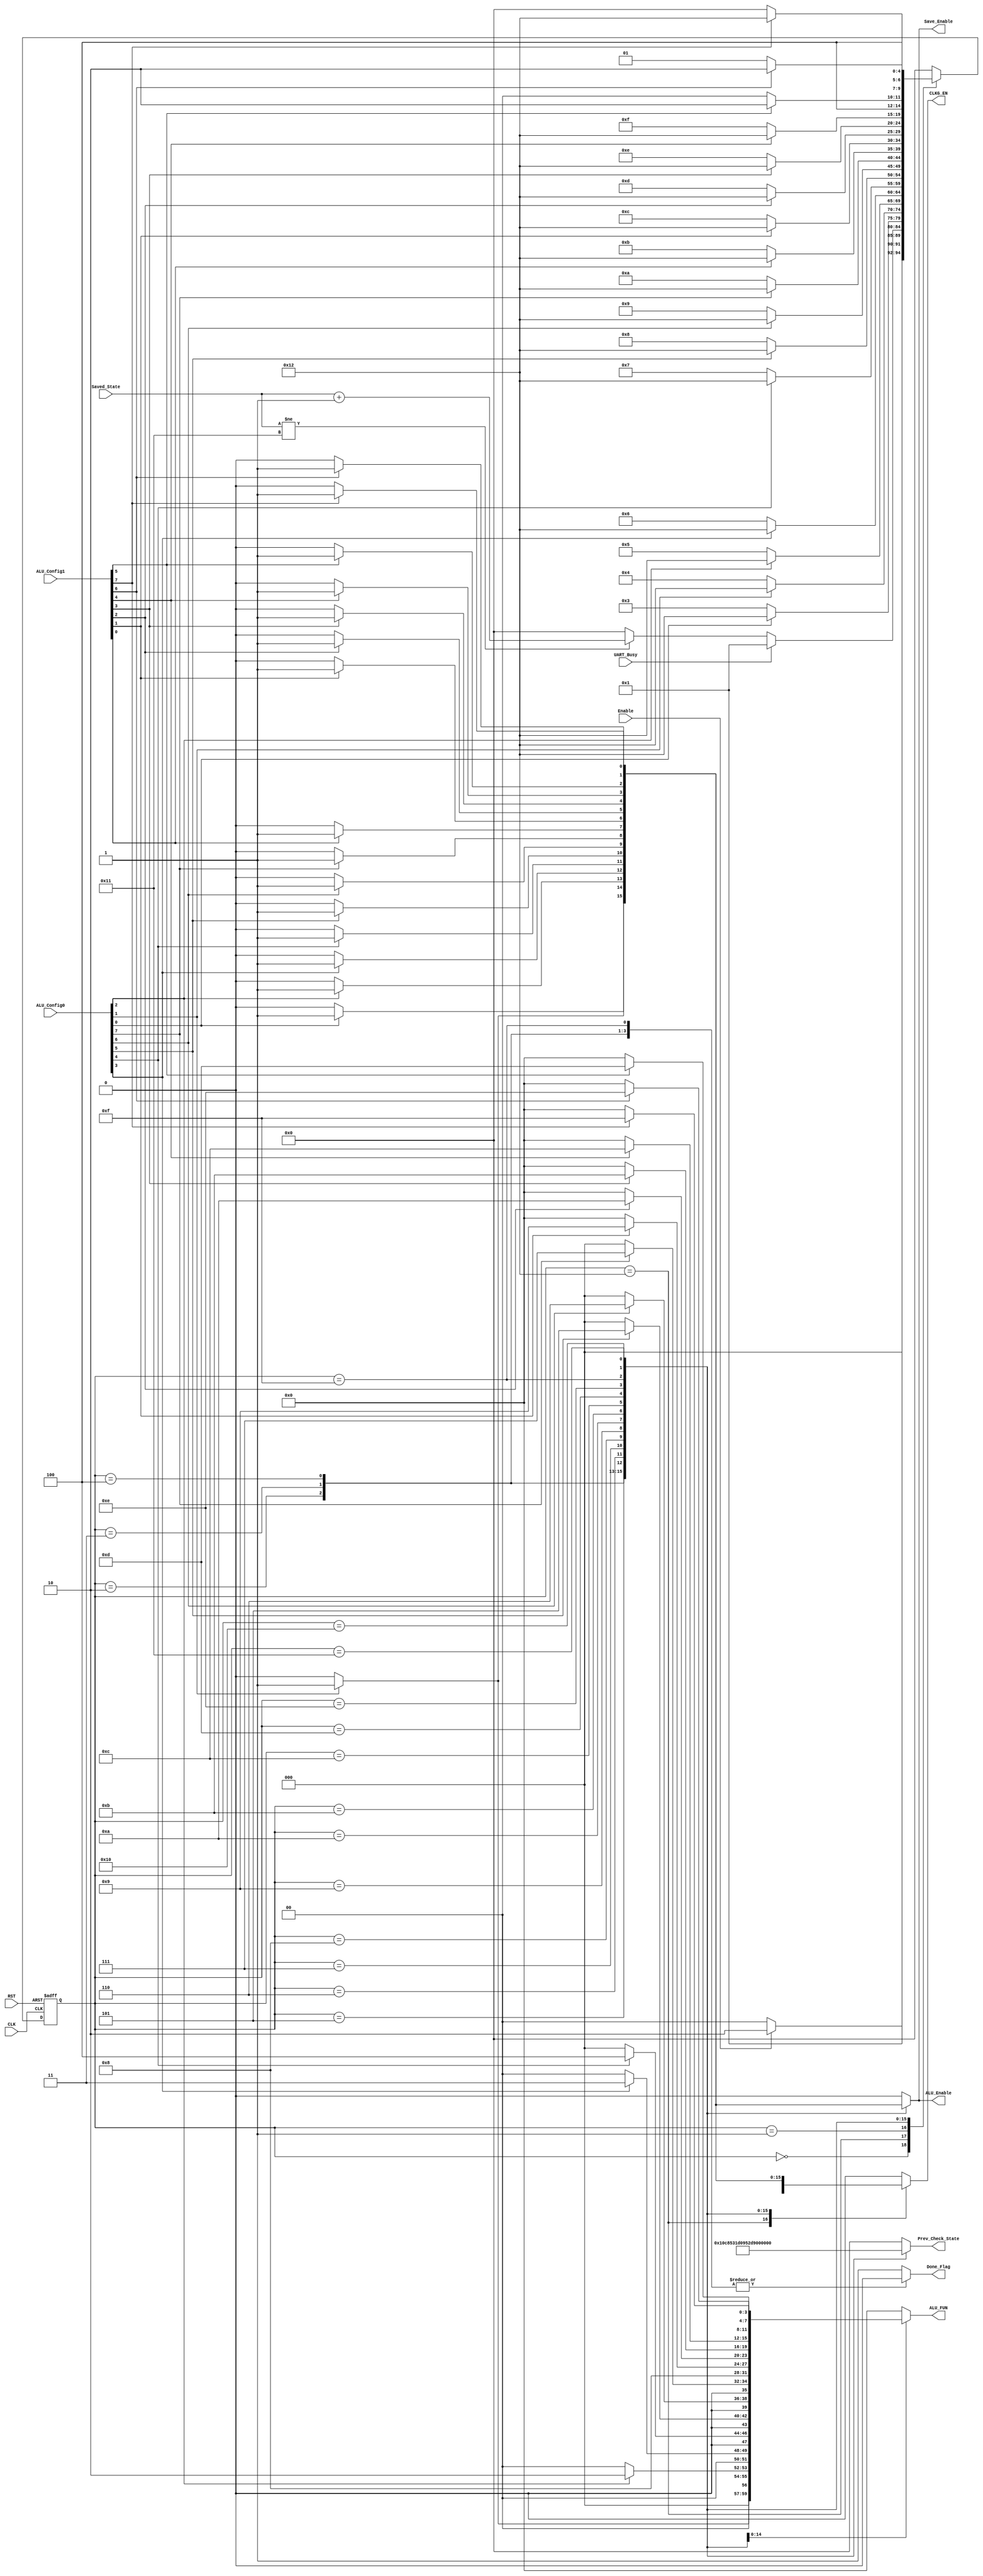
module FSM_Control_Unit (
//-------------------------------Input Ports------------------------------------//
input                        Enable,
input    wire     [7:0]      ALU_Config0,
input    wire     [7:0]      ALU_Config1,
input                        UART_Busy,
input    wire                RST,
input    wire                CLK,
input    wire     [4:0]      Saved_State,
//-------------------------------Output Ports------------------------------------//
output   reg                 ALU_Enable,
output   reg      [3:0]      ALU_FUN,
output   reg                 CLKG_EN,
output   reg                 Done_Flag, 
output   reg                 Save_Enable,
output   reg      [4:0]      Prev_Check_State
);

//-------------------------------- State Variables --------------------------------//
reg      [4:0]     Current_state, Next_state;

//-------------------------------- State Parameters -------------------------------//
// Binary Encoding
localparam IDLE_STATE       = 5'b0_0000;
localparam Wait_STATE       = 5'b0_0001;
localparam Check_0          = 5'b0_0010;
localparam Check_1          = 5'b0_0011;
localparam Check_2          = 5'b0_0100;
localparam Check_3          = 5'b0_0101;
localparam Check_4          = 5'b0_0110;
localparam Check_5          = 5'b0_0111;
localparam Check_6          = 5'b0_1000;
localparam Check_7          = 5'b0_1001;
localparam Check_8          = 5'b0_1010;
localparam Check_9          = 5'b0_1011;
localparam Check_10         = 5'b0_1100;
localparam Check_11         = 5'b0_1101;
localparam Check_12         = 5'b0_1110;
localparam Check_13         = 5'b0_1111;
localparam Check_14         = 5'b1_0000;
localparam Check_15         = 5'b1_0001;
localparam ALU_CALC_CYCLE   = 5'b1_0010;

//--------------------------------- State Transitions -----------------------------//
always @(posedge CLK or negedge RST)
    begin
        if (!RST)
          begin
              Current_state <= IDLE_STATE;
          end
        else
          begin
              Current_state <= Next_state;
          end
    end

//---------------------------------- Next State Logic --------------------------------//
always @(*)
    begin
        case (Current_state)
            IDLE_STATE       : begin
                                if (Enable)
                                    begin
                                        Next_state = Check_0;
                                    end
                                else 
                                    begin
                                        Next_state = IDLE_STATE;
                                    end
                               end
            ALU_CALC_CYCLE   : begin
                                 Next_state = Wait_STATE;
                               end
            Wait_STATE       : begin
                                if (!UART_Busy)
                                    begin
                                        if (Saved_State != Check_15)
                                            begin
                                                Next_state = Saved_State + 5'b0_0001;
                                            end
                                        else 
                                            begin
                                                Next_state = IDLE_STATE;
                                            end
                                    end
                                else 
                                    begin
                                        Next_state = Wait_STATE;
                                    end
                               end
            Check_0          : begin
                                if (ALU_Config0[0])
                                    begin
                                        Next_state = ALU_CALC_CYCLE;
                                    end
                                else 
                                    begin
                                        Next_state = Check_1;
                                    end
                               end
            Check_1          : begin
                                if (ALU_Config0[1])
                                    begin
                                        Next_state = ALU_CALC_CYCLE;
                                    end
                                else 
                                    begin
                                        Next_state = Check_2;
                                    end
                               end
            Check_2          : begin
                                if (ALU_Config0[2])
                                    begin
                                        Next_state = ALU_CALC_CYCLE;
                                    end
                                else 
                                    begin
                                        Next_state = Check_3;
                                    end
                               end
            Check_3          : begin
                                if (ALU_Config0[3])
                                    begin
                                        Next_state = ALU_CALC_CYCLE;
                                    end
                                else 
                                    begin
                                        Next_state = Check_4;
                                    end
                               end
            Check_4          : begin
                                if (ALU_Config0[4])
                                    begin
                                        Next_state = ALU_CALC_CYCLE;
                                    end
                                else 
                                    begin
                                        Next_state = Check_5;
                                    end
                               end
            Check_5          : begin
                                if (ALU_Config0[5])
                                    begin
                                        Next_state = ALU_CALC_CYCLE;
                                    end
                                else 
                                    begin
                                        Next_state = Check_6;
                                    end
                               end
            Check_6          : begin
                                if (ALU_Config0[6])
                                    begin
                                        Next_state = ALU_CALC_CYCLE;
                                    end
                                else 
                                    begin
                                        Next_state = Check_7;
                                    end
                               end
            Check_7          : begin
                                if (ALU_Config0[7])
                                    begin
                                        Next_state = ALU_CALC_CYCLE;
                                    end
                                else 
                                    begin
                                        Next_state = Check_8;
                                    end
                               end
            Check_8          : begin
                                if (ALU_Config1[0])
                                    begin
                                        Next_state = ALU_CALC_CYCLE;
                                    end
                                else 
                                    begin
                                        Next_state = Check_9;
                                    end
                               end
            Check_9          : begin
                                if (ALU_Config1[1])
                                    begin
                                        Next_state = ALU_CALC_CYCLE;
                                    end
                                else 
                                    begin
                                        Next_state = Check_10;
                                    end
                               end
            Check_10         : begin
                                if (ALU_Config1[2])
                                    begin
                                        Next_state = ALU_CALC_CYCLE;
                                    end
                                else 
                                    begin
                                        Next_state = Check_11;
                                    end
                               end
            Check_11         : begin
                                if (ALU_Config1[3])
                                    begin
                                        Next_state = ALU_CALC_CYCLE;
                                    end
                                else 
                                    begin
                                        Next_state = Check_12;
                                    end
                               end
            Check_12         : begin
                                if (ALU_Config1[4])
                                    begin
                                        Next_state = ALU_CALC_CYCLE;
                                    end
                                else 
                                    begin
                                        Next_state = Check_13;
                                    end
                               end
            Check_13         : begin
                                if (ALU_Config1[5])
                                    begin
                                        Next_state = ALU_CALC_CYCLE;
                                    end
                                else 
                                    begin
                                        Next_state = Check_14;
                                    end
                               end
            Check_14         : begin
                                if (ALU_Config1[6])
                                    begin
                                        Next_state = ALU_CALC_CYCLE;
                                    end
                                else 
                                    begin
                                        Next_state = Check_15;
                                    end
                               end
            Check_15         : begin
                                if (ALU_Config1[7])
                                    begin
                                        Next_state = ALU_CALC_CYCLE;
                                    end
                                else 
                                    begin
                                        Next_state = IDLE_STATE;
                                    end
                               end
            default          : begin
                                Next_state = IDLE_STATE;
                               end
        endcase
    end

//---------------------------------------- Output Logic -------------------------------//
always @(*)
    begin
        case (Current_state)
            IDLE_STATE       : begin
                                ALU_Enable                  = 1'b0;
                                ALU_FUN                     = 4'b0000; 
                                CLKG_EN                     = 1'b0;
                                Done_Flag				    = 1'b1;
                                Save_Enable                 = 1'b0;
                                Prev_Check_State            = IDLE_STATE;
                               end
            ALU_CALC_CYCLE   : begin
                                ALU_Enable                  = 1'b0;
                                ALU_FUN                     = 4'b0000; 
                                CLKG_EN                     = 1'b1;
                                Done_Flag				    = 1'b0;
                                Save_Enable                 = 1'b0;
                                Prev_Check_State            = IDLE_STATE;
                               end
            Wait_STATE       : begin
                                ALU_Enable                  = 1'b0;
                                ALU_FUN                     = 4'b0000; 
                                CLKG_EN                     = 1'b0;
                                Done_Flag				    = 1'b0;
                                Save_Enable                 = 1'b0;
                                Prev_Check_State            = IDLE_STATE;
                               end
            Check_0          : begin
                                if (ALU_Config0[0])
                                    begin
                                        ALU_Enable                  = 1'b1;
                                        ALU_FUN                     = 4'b0000; 
                                        CLKG_EN                     = 1'b1;
                                        Done_Flag				    = 1'b0;
                                        Save_Enable                 = 1'b1;
                                        Prev_Check_State            = Check_0;
                                    end
                                else 
                                    begin
                                        ALU_Enable                  = 1'b0;
                                        ALU_FUN                     = 4'b0000; 
                                        CLKG_EN                     = 1'b0;
                                        Done_Flag				    = 1'b0;
                                        Save_Enable                 = 1'b0;
                                        Prev_Check_State            = Check_0;
                                    end
                               end
            Check_1          : begin
                                if (ALU_Config0[1])
                                    begin
                                        ALU_Enable                  = 1'b1;
                                        ALU_FUN                     = 4'b0001; 
                                        CLKG_EN                     = 1'b1;
                                        Done_Flag				    = 1'b0;
                                        Save_Enable                 = 1'b1;
                                        Prev_Check_State            = Check_1;
                                    end
                                else 
                                    begin
                                        ALU_Enable                  = 1'b0;
                                        ALU_FUN                     = 4'b0000; 
                                        CLKG_EN                     = 1'b0;
                                        Done_Flag				    = 1'b0;
                                        Save_Enable                 = 1'b0;
                                        Prev_Check_State            = Check_1;
                                    end
                               end
            Check_2          : begin
                                if (ALU_Config0[2])
                                    begin
                                        ALU_Enable                  = 1'b1;
                                        ALU_FUN                     = 4'b0010; 
                                        CLKG_EN                     = 1'b1;
                                        Done_Flag				    = 1'b0;
                                        Save_Enable                 = 1'b1;
                                        Prev_Check_State            = Check_2;
                                    end
                                else 
                                    begin
                                        ALU_Enable                  = 1'b0;
                                        ALU_FUN                     = 4'b0000; 
                                        CLKG_EN                     = 1'b0;
                                        Done_Flag				    = 1'b0;
                                        Save_Enable                 = 1'b0;
                                        Prev_Check_State            = Check_2;
                                    end
                               end
            Check_3          : begin
                                if (ALU_Config0[3])
                                    begin
                                        ALU_Enable                  = 1'b1;
                                        ALU_FUN                     = 4'b0011; 
                                        CLKG_EN                     = 1'b1;
                                        Done_Flag				    = 1'b0;
                                        Save_Enable                 = 1'b1;
                                        Prev_Check_State            = Check_3;
                                    end
                                else 
                                    begin
                                        ALU_Enable                  = 1'b0;
                                        ALU_FUN                     = 4'b0000; 
                                        CLKG_EN                     = 1'b0;
                                        Done_Flag				    = 1'b0;
                                        Save_Enable                 = 1'b0;
                                        Prev_Check_State            = Check_3;
                                    end
                               end
            Check_4          : begin
                                if (ALU_Config0[4])
                                    begin
                                        ALU_Enable                  = 1'b1;
                                        ALU_FUN                     = 4'b0100; 
                                        CLKG_EN                     = 1'b1;
                                        Done_Flag				    = 1'b0;
                                        Save_Enable                 = 1'b1;
                                        Prev_Check_State            = Check_4;
                                    end
                                else 
                                    begin
                                        ALU_Enable                  = 1'b0;
                                        ALU_FUN                     = 4'b0000; 
                                        CLKG_EN                     = 1'b0;
                                        Done_Flag				    = 1'b0;
                                        Save_Enable                 = 1'b0;
                                        Prev_Check_State            = Check_4;
                                    end
                               end
            Check_5          : begin
                                if (ALU_Config0[5])
                                    begin
                                        ALU_Enable                  = 1'b1;
                                        ALU_FUN                     = 4'b0101; 
                                        CLKG_EN                     = 1'b1;
                                        Done_Flag				    = 1'b0;
                                        Save_Enable                 = 1'b1;
                                        Prev_Check_State            = Check_5;
                                    end
                                else 
                                    begin
                                        ALU_Enable                  = 1'b0;
                                        ALU_FUN                     = 4'b0000; 
                                        CLKG_EN                     = 1'b0;
                                        Done_Flag				    = 1'b0;
                                        Save_Enable                 = 1'b0;
                                        Prev_Check_State            = Check_5;
                                    end
                               end
            Check_6          : begin
                                if (ALU_Config0[6])
                                    begin
                                        ALU_Enable                  = 1'b1;
                                        ALU_FUN                     = 4'b0110; 
                                        CLKG_EN                     = 1'b1;
                                        Done_Flag				    = 1'b0;
                                        Save_Enable                 = 1'b1;
                                        Prev_Check_State            = Check_6;
                                    end
                                else 
                                    begin
                                        ALU_Enable                  = 1'b0;
                                        ALU_FUN                     = 4'b0000; 
                                        CLKG_EN                     = 1'b0;
                                        Done_Flag				    = 1'b0;
                                        Save_Enable                 = 1'b0;
                                        Prev_Check_State            = Check_6;
                                    end
                               end
            Check_7          : begin
                                if (ALU_Config0[7])
                                    begin
                                        ALU_Enable                  = 1'b1;
                                        ALU_FUN                     = 4'b0111; 
                                        CLKG_EN                     = 1'b1;
                                        Done_Flag				    = 1'b0;
                                        Save_Enable                 = 1'b1;
                                        Prev_Check_State            = Check_7;
                                    end
                                else 
                                    begin
                                        ALU_Enable                  = 1'b0;
                                        ALU_FUN                     = 4'b0000; 
                                        CLKG_EN                     = 1'b0;
                                        Done_Flag				    = 1'b0;
                                        Save_Enable                 = 1'b0;
                                        Prev_Check_State            = Check_7;
                                    end
                               end
            Check_8          : begin
                                if (ALU_Config1[0])
                                    begin
                                        ALU_Enable                  = 1'b1;
                                        ALU_FUN                     = 4'b1000; 
                                        CLKG_EN                     = 1'b1;
                                        Done_Flag				    = 1'b0;
                                        Save_Enable                 = 1'b1;
                                        Prev_Check_State            = Check_8;
                                    end
                                else 
                                    begin
                                        ALU_Enable                  = 1'b0;
                                        ALU_FUN                     = 4'b1000; 
                                        CLKG_EN                     = 1'b0;
                                        Done_Flag				    = 1'b0;
                                        Save_Enable                 = 1'b0;
                                        Prev_Check_State            = Check_8;
                                    end
                               end
            Check_9          : begin
                                if (ALU_Config1[1])
                                    begin
                                        ALU_Enable                  = 1'b1;
                                        ALU_FUN                     = 4'b1001; 
                                        CLKG_EN                     = 1'b1;
                                        Done_Flag				    = 1'b0;
                                        Save_Enable                 = 1'b1;
                                        Prev_Check_State            = Check_9;
                                    end
                                else 
                                    begin
                                        ALU_Enable                  = 1'b0;
                                        ALU_FUN                     = 4'b0000; 
                                        CLKG_EN                     = 1'b0;
                                        Done_Flag				    = 1'b0;
                                        Save_Enable                 = 1'b0;
                                        Prev_Check_State            = Check_9;
                                    end
                               end
            Check_10         : begin
                                if (ALU_Config1[2])
                                     begin
                                        ALU_Enable                  = 1'b1;
                                        ALU_FUN                     = 4'b1010; 
                                        CLKG_EN                     = 1'b1;
                                        Done_Flag				    = 1'b0;
                                        Save_Enable                 = 1'b1;
                                        Prev_Check_State            = Check_10;
                                    end
                                else 
                                    begin
                                        ALU_Enable                  = 1'b0;
                                        ALU_FUN                     = 4'b0000; 
                                        CLKG_EN                     = 1'b0;
                                        Done_Flag				    = 1'b0;
                                        Save_Enable                 = 1'b0;
                                        Prev_Check_State            = Check_10;
                                    end
                               end
            Check_11         : begin
                                if (ALU_Config1[3])
                                    begin
                                        ALU_Enable                  = 1'b1;
                                        ALU_FUN                     = 4'b1011; 
                                        CLKG_EN                     = 1'b1;
                                        Done_Flag				    = 1'b0;
                                        Save_Enable                 = 1'b1;
                                        Prev_Check_State            = Check_11;
                                    end
                                else 
                                    begin
                                        ALU_Enable                  = 1'b0;
                                        ALU_FUN                     = 4'b0000; 
                                        CLKG_EN                     = 1'b0;
                                        Done_Flag				    = 1'b0;
                                        Save_Enable                 = 1'b0;
                                        Prev_Check_State            = Check_11;
                                    end
                               end
            Check_12         : begin
                                if (ALU_Config1[4])
                                    begin
                                        ALU_Enable                  = 1'b1;
                                        ALU_FUN                     = 4'b1100; 
                                        CLKG_EN                     = 1'b1;
                                        Done_Flag				    = 1'b0;
                                        Save_Enable                 = 1'b1;
                                        Prev_Check_State            = Check_12;
                                    end
                                else 
                                    begin
                                        ALU_Enable                  = 1'b0;
                                        ALU_FUN                     = 4'b0000; 
                                        CLKG_EN                     = 1'b0;
                                        Done_Flag				    = 1'b0;
                                        Save_Enable                 = 1'b0;
                                        Prev_Check_State            = Check_12;
                                    end
                               end
            Check_13         : begin
                                if (ALU_Config1[5])
                                    begin
                                        ALU_Enable                  = 1'b1;
                                        ALU_FUN                     = 4'b1101; 
                                        CLKG_EN                     = 1'b1;
                                        Done_Flag				    = 1'b0;
                                        Save_Enable                 = 1'b1;
                                        Prev_Check_State            = Check_13;
                                    end
                                else 
                                    begin
                                        ALU_Enable                  = 1'b0;
                                        ALU_FUN                     = 4'b0000; 
                                        CLKG_EN                     = 1'b0;
                                        Done_Flag				    = 1'b0;
                                        Save_Enable                 = 1'b0;
                                        Prev_Check_State            = Check_13;
                                    end
                               end
            Check_14         : begin
                                if (ALU_Config1[6])
                                    begin
                                        ALU_Enable                  = 1'b1;
                                        ALU_FUN                     = 4'b1110; 
                                        CLKG_EN                     = 1'b1;
                                        Done_Flag				    = 1'b0;
                                        Save_Enable                 = 1'b1;
                                        Prev_Check_State            = Check_14;
                                    end
                                else 
                                    begin
                                        ALU_Enable                  = 1'b0;
                                        ALU_FUN                     = 4'b0000; 
                                        CLKG_EN                     = 1'b0;
                                        Done_Flag				    = 1'b0;
                                        Save_Enable                 = 1'b0;
                                        Prev_Check_State            = Check_14;
                                    end
                               end
            Check_15         : begin
                                if (ALU_Config1[7])
                                    begin
                                        ALU_Enable                  = 1'b1;
                                        ALU_FUN                     = 4'b1111; 
                                        CLKG_EN                     = 1'b1;
                                        Done_Flag				    = 1'b0;
                                        Save_Enable                 = 1'b1;
                                        Prev_Check_State            = Check_15;
                                    end
                                else 
                                    begin
                                        ALU_Enable                  = 1'b0;
                                        ALU_FUN                     = 4'b0000; 
                                        CLKG_EN                     = 1'b0;
                                        Done_Flag				    = 1'b0;
                                        Save_Enable                 = 1'b0;
                                        Prev_Check_State            = Check_15;
                                    end
                               end
            default          : begin
                                ALU_Enable                  = 1'b0;
                                ALU_FUN                     = 4'b0000; 
                                CLKG_EN                     = 1'b0;
                                Done_Flag				    = 1'b1;
                                Save_Enable                 = 1'b0;
                                Prev_Check_State            = IDLE_STATE;
                               end
        endcase
    end
endmodule